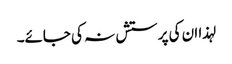
لہذا ان کی پرستش نہ کی جائے۔